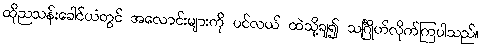
ထိုညသန်းခေါင်ယံတွင် အလောင်းများကို ပင်လယ် ထဲသို့ချ၍ သင်္ဂြိုဟ်လိုက်ကြပါသည်။